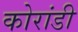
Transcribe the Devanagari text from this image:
कोरांडी